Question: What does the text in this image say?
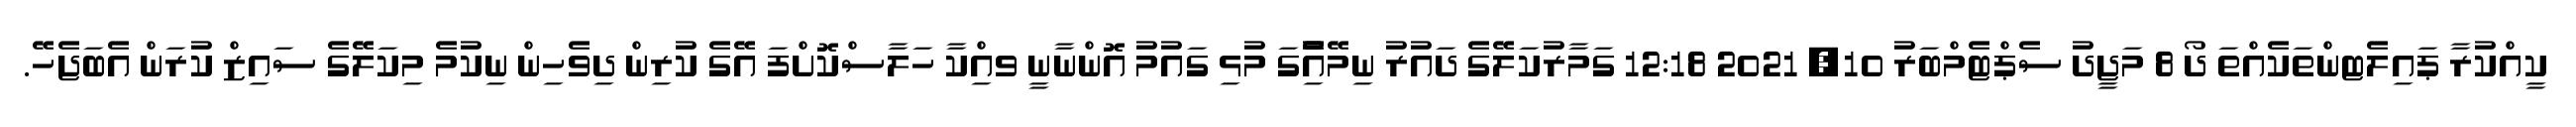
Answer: ކީއްކުރާ ޕައިލެޓންތަކެއްތަ ދޯ 8 މަޖީދު ސެޕްޓެމްބަރު 10, 2021 12:18 ގަމާރުކަލޭގެ ދައުރު ނިމޭއިެުގަ މުޅި ގައުމު އޮންނާނީ ވއިްކާ ހަލާސްކޮށްފަ އޭގެ ކުރިން ދިވެހިން ނިކުމެ މިކަލޭގެ ސައިޒް ކުރަން އެބަޖެހޭ.